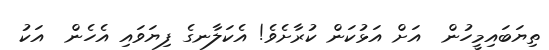
ތިޔަބައިމީހުން  އަށް އަޅުކަން ކުރާށެވެ! އެކަލާނގެ ފިޔަވައި އެހެން  އަކު